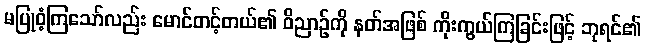
မပြုဝံ့ကြသော်လည်း မောင်တင့်တယ်၏ ဝိညာဉ်ကို နတ်အဖြစ် ကိုးကွယ်ကြခြင်းဖြင့် ဘုရင်၏